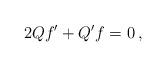
LaTeX: \begin{align*}2 Q f' + Q'f = 0\,,\end{align*}